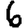
Digit: 6